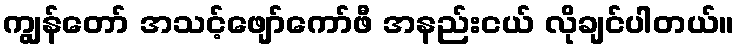
ကျွန်တော် အသင့်ဖျော်ကော်ဖီ အနည်းငယ် လိုချင်ပါတယ်။